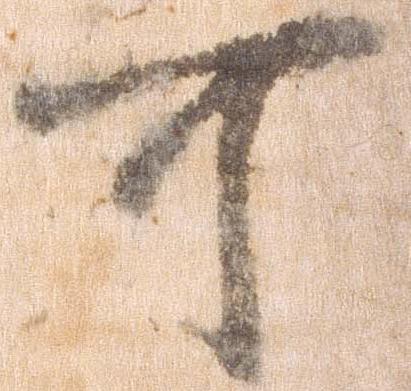
可